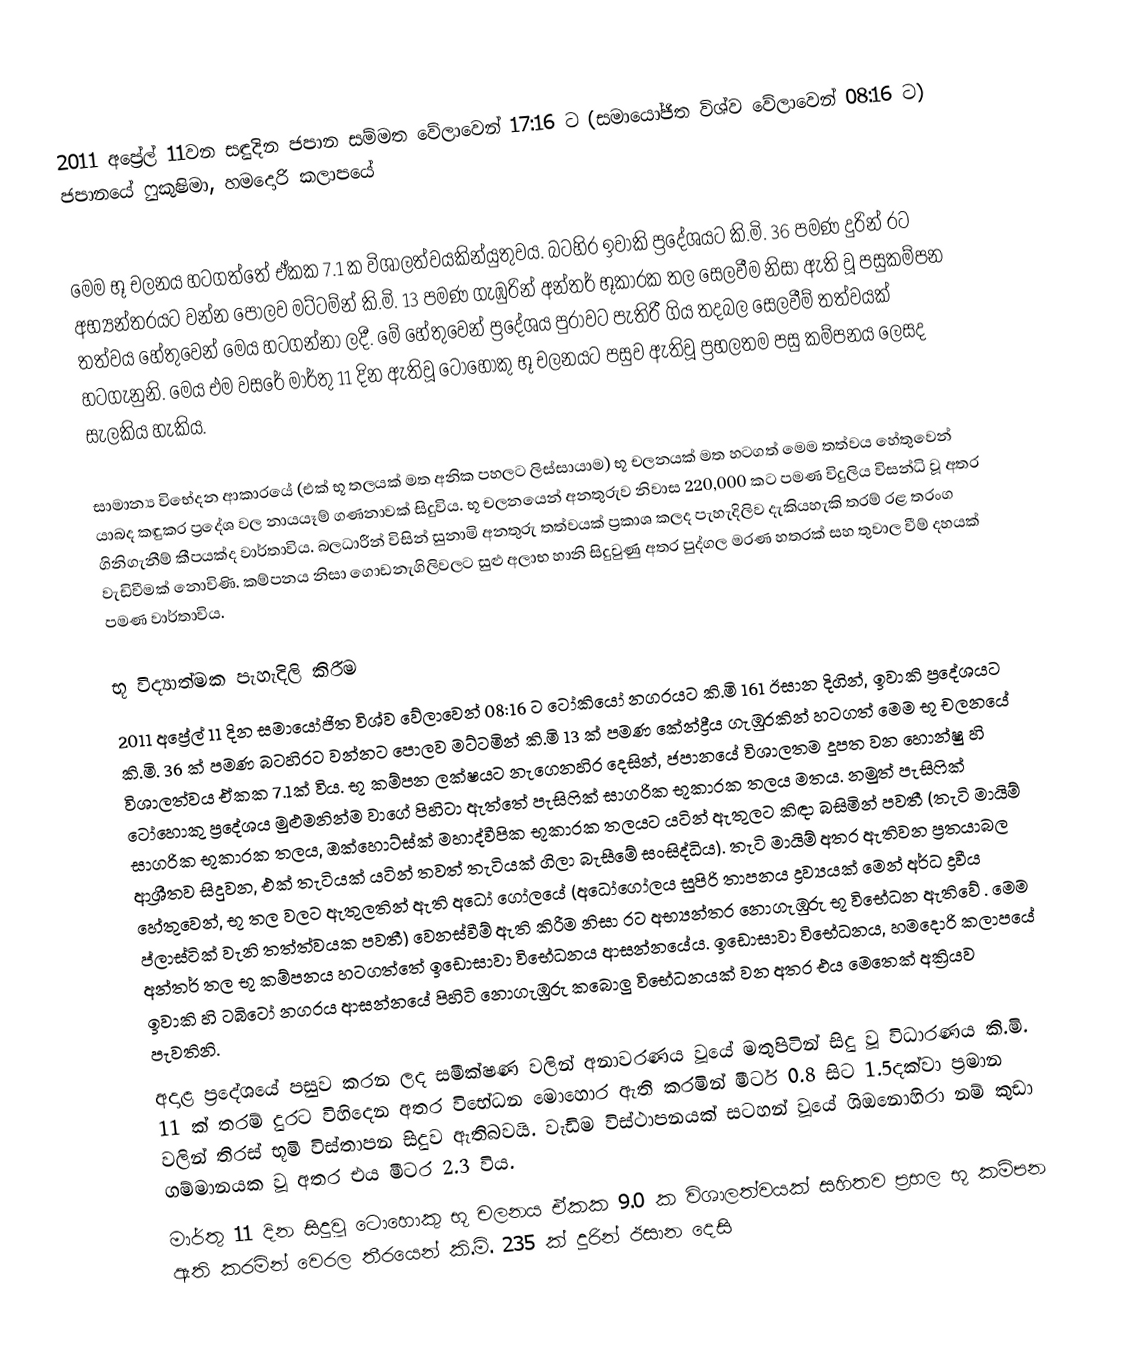
2011 අප්‍රේල් 11වන සඳුදින ජපාන සම්මත වේලාවෙන් 17:16 ට (සමායෝජිත විශ්ව වේලාවෙන් 08:16 ට) ජපානයේ ෆුකුෂිමා, හමදොරි කලාපයේ

මෙම භූ චලනය හටගත්තේ ඒකක 7.1 ක විශාලත්වයකින්යුතුවය. බටහිර ඉවාකි ප්‍රදේශයට කි.මි. 36 පමණ දුරින් රට අභ්‍යන්තරයට වන්න පොලව මට්ටම්න් කි.මි. 13 පමණ ගැඹුරින් අන්තර් භූකාරක තල සෙලවීම නිසා ඇති වූ පසුකම්පන තත්වය හේතුවෙන් මෙය හටගන්නා ලදී. මේ හේතුවෙන් ප්‍රදේශය පුරාවට පැතිරී ගිය තදබල සෙලවීම් තත්වයක් හටගැනුනි. මෙය එම වසරේ මාර්තු 11 දින ඇතිවූ ටෝහොකු භූ චලනයට පසුව ඇතිවූ ප්‍රභලතම පසු කම්පනය ලෙසද සැලකිය හැකිය.

සාමාන්‍ය විභේදන ආකාරයේ (එක් භූ තලයක් මත අනික පහලට ලිස්සායාම)  භූ චලනයක් මත හටගත් මෙම තත්වය හේතුවෙන් යාබද කඳුකර ප්‍රදේශ වල නායයෑම් ගණනාවක් සිදුවිය. භූ චලනයෙන් අනතුරුව නිවාස 220,000 කට පමණ විදුලිය විසන්ධි වූ අතර ගිනිගැනීම් කීපයක්ද වාර්තාවිය. බලධාරීන් විසින් සුනාමි අනතුරු තත්වයක් ප්‍රකාශ කලද පැහැදිලිව දැකියහැකි තරම් රළ තරංග වැඩිවීමක් නොවිණි. කම්පනය නිසා ගොඩනැගිලිවලට සුළු අලාභ හානි සිදුවුණු අතර පුද්ගල මරණ  හතරක්  සහ තුවාල වීම් දහයක් පමණ වාර්තාවිය.

භූ විද්‍යාත්මක පැහැදිලි කිරීම
2011 අප්‍රේල් 11 දින සමායෝජිත විශ්ව වේලාවෙන් 08:16 ට ටෝකියෝ නගරයට කි.මි 161 ඊසාන දිගින්, ඉවාකි ප්‍රදේශයට කි.මි. 36 ක් පමණ බටහිරට වන්නට පොලව මට්ටමින් කි.මි 13 ක් පමණ කේන්ද්‍රීය ගැඹුරකින් හටගත් මෙම භූ චලනයේ විශාලත්වය ඒකක 7.1ක් විය. භූ කම්පන ලක්ෂයට නැගෙනහිර දෙසින්, ජපානයේ විශාලතම දූපත වන හොන්ෂු හි ටෝහොකු ප්‍රදේශය මුළුමනින්ම වාගේ පිහිටා ඇත්තේ පැසිෆික්  සාගරික භූකාරක තලය මතය. නමුත් පැසිෆික්  සාගරික භූකාරක තලය, ඔක්හොට්ස්ක් මහාද්වීපික භූකාරක තලයට යටින් ඇතුලට කිඳා බසිමින් පවතී (තැටි මායිම් ආශ්‍රීතව සිදුවන, එක් තැටියක් යටින් තවත් තැටියක් ගිලා බැසීමේ සංසිද්ධිය). තැටි මායිම් අතර ඇතිවන ප්‍රතයාබල හේතුවෙන්,  භූ තල වලට ඇතුලතින් ඇති අධෝ ගෝලයේ  (අධෝ‍ගෝලය සුපිරි තාපනය ද්‍රව්‍යයක් මෙන් අර්ධ ද්‍රවීය ප්ලාස්ටික් වැනි තත්ත්වයක පවතී) වෙනස්වීම් ඇති කිරීම නිසා රට අභ්‍යන්තර නොගැඹුරු භූ විභේධන ඇතිවේ . මෙම අන්තර් තල භූ කම්පනය හටගත්තේ ඉඩොසාවා විභේධනය ආසන්නයේය. ඉඩොසාවා විභේධනය, හමදොරි කලාපයේ ඉවාකි හි  ටබිටෝ නගරය ආසන්නයේ පිහිටි නොගැඹුරු කබොලු විභේධනයක් වන අතර එය මෙතෙක් අක්‍රියව පැවතිනි.
අදාළ ප්‍රදේශයේ පසුව කරන ලද සමීක්ෂණ වලින් අනාවරණය වූයේ මතුපිටින් සිදු වූ විධාරණය කි.මි. 11 ක් තරම් දුරට විහිදෙන අතර විභේධන මොහොර ඇති කරමින් මීටර් 0.8 සිට  1.5දක්වා ප්‍රමාන වලින් තිරස් භූමි විස්තාපන සිදුව ඇතිබවයි. වැඩිම විස්ථාපනයක් සටහන් වූයේ ශිඔනොහිරා නම් කුඩා ගම්මානයක වූ අතර එය මීටර 2.3 විය.
මාර්තු 11 දින සිදුවූ ටොහොකු  භූ චලනය ඒකක 9.0 ක විශාලත්වයක් සහිතව ප්‍රභල  භූ කම්පන ඇති කරමින් වෙරල තීරයෙන් කි.මි. 235 ක් දුරින් ඊසාන දෙසි